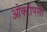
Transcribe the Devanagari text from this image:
ओक्टोपसों